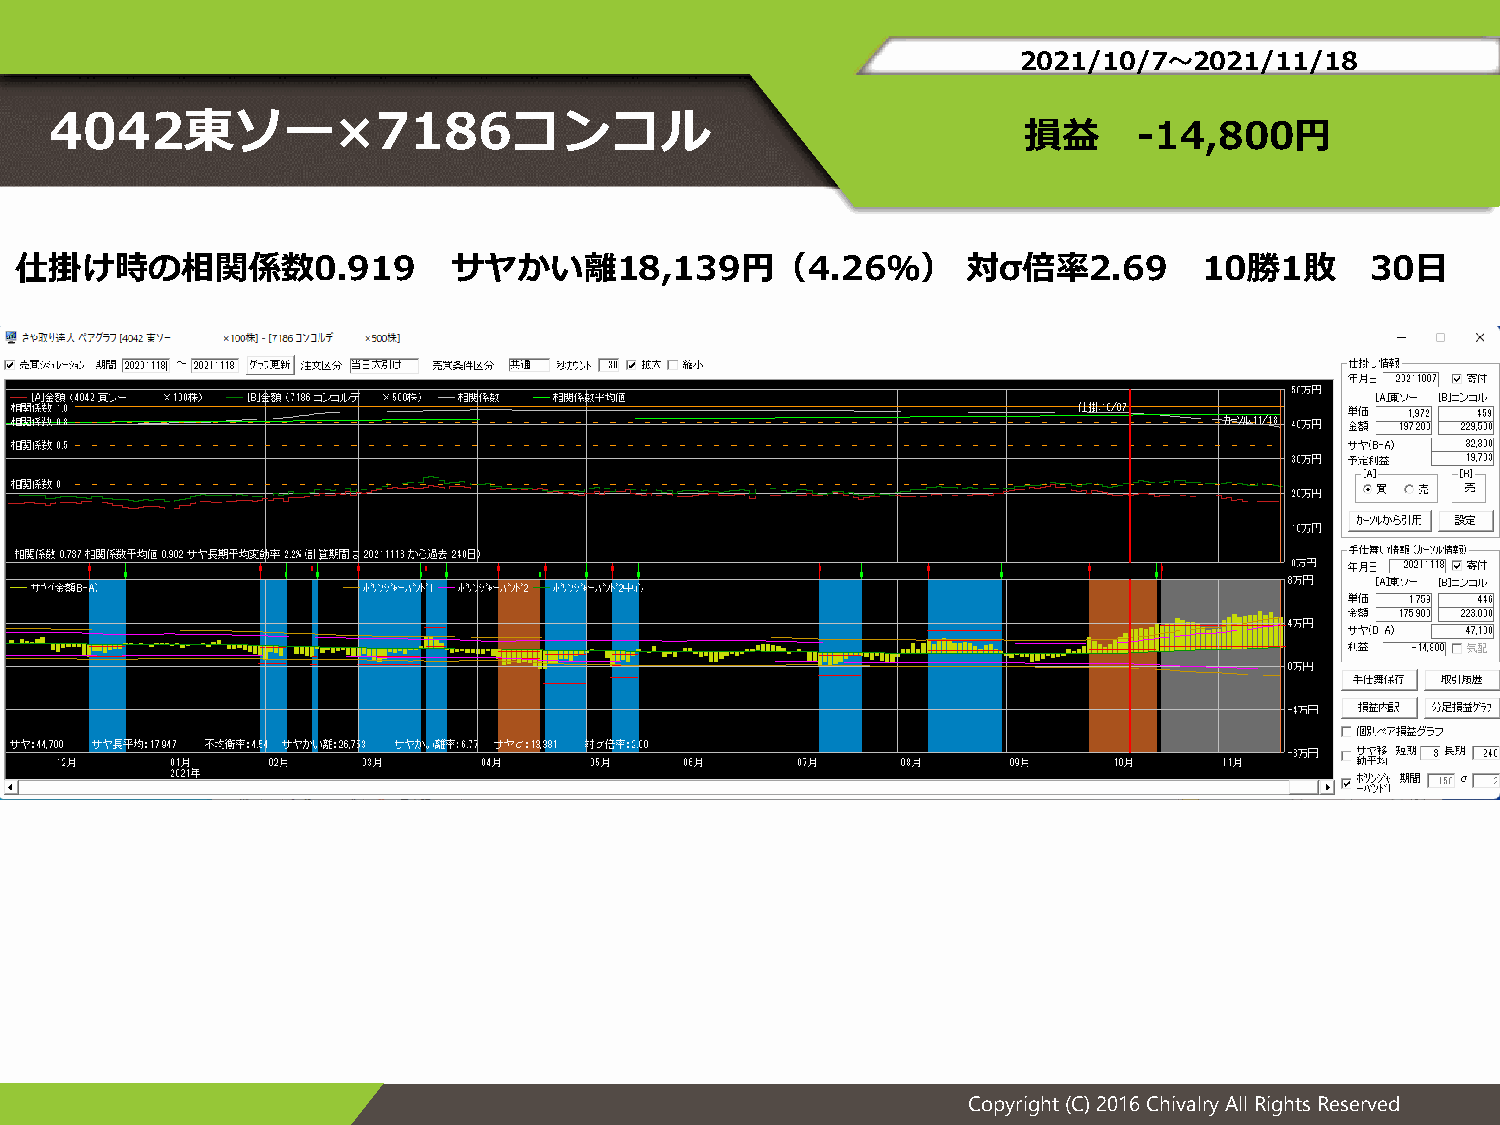
2021/10/7～2021/11/18
 4042東ソー×7186コンコル
 損益     -14,800円
 仕掛け時の相関係数0.919               サヤかい離18,139円（4.26％）               対σ倍率2.69        10勝1敗      30日
 Copyright (C) 2016 Chivalry All Rights Reserved